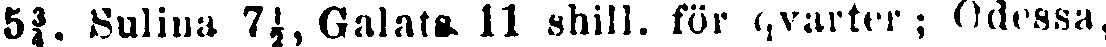
5¾. Sulina 7½, Galats 11 shill. för qvarter ; Odessa,